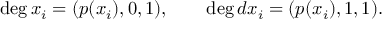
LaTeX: \deg x _ { i } = ( p ( x _ { i } ) , 0 , 1 ) , \qquad \deg d x _ { i } = ( p ( x _ { i } ) , 1 , 1 ) .